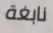
نابغة